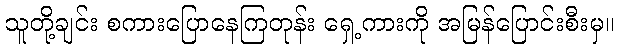
သူတို့ချင်း စကားပြောနေကြတုန်း ရှေ့ကားကို အမြန်ပြောင်းစီးမှ။